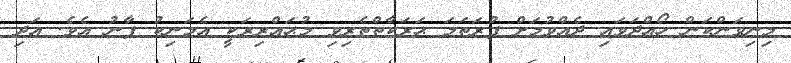
މިނިވަންކަން ހޯއްދަވައި ދެއްވުމަށް ފުރަތަމަ ޙަރަކާތްތެރިވި މުޙައްރިރަކީ އެމަނިކު ފާނު އެވެ. އަދި